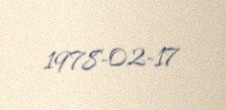
1978-02-17